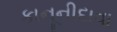
કાનૂનીદાવા